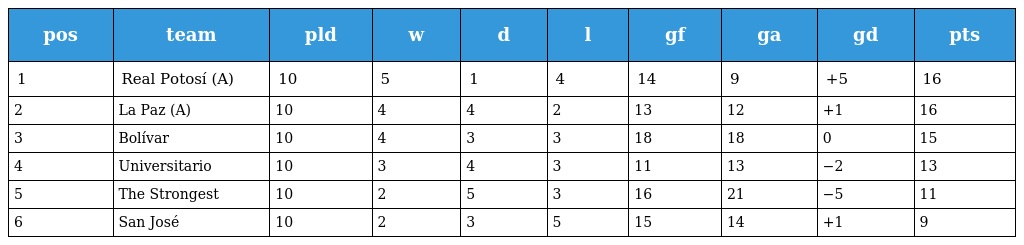
| pos | team | pld | w | d | l | gf | ga | gd | pts |
 | --- | --- | --- | --- | --- | --- | --- | --- | --- | --- |
 | 1 | Real Potosí (A) | 10 | 5 | 1 | 4 | 14 | 9 | +5 | 16 |
 | 2 | La Paz (A) | 10 | 4 | 4 | 2 | 13 | 12 | +1 | 16 |
 | 3 | Bolívar | 10 | 4 | 3 | 3 | 18 | 18 | 0 | 15 |
 | 4 | Universitario | 10 | 3 | 4 | 3 | 11 | 13 | −2 | 13 |
 | 5 | The Strongest | 10 | 2 | 5 | 3 | 16 | 21 | −5 | 11 |
 | 6 | San José | 10 | 2 | 3 | 5 | 15 | 14 | +1 | 9 |